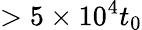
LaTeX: >5\times 10^{4}t_{0}